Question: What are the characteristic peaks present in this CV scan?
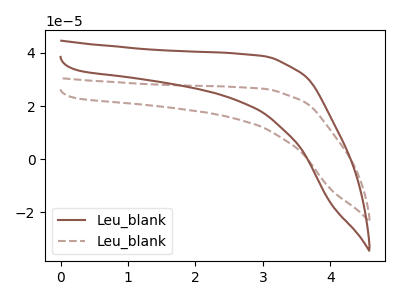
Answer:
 <answer>The brown curve "Leu_blank1" has no peaks. The brown dashed curve "Leu_blank2" has no peaks.</answer>
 <eval></eval>